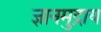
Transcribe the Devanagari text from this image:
ज्ञानमुद्राय